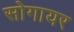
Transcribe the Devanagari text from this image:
सोगायर